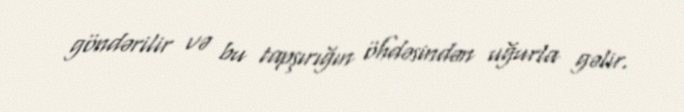
göndərilir və bu tapşırığın öhdəsindən uğurla gəlir.